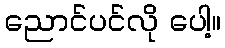
ညောင်ပင်လို ပေါ့။